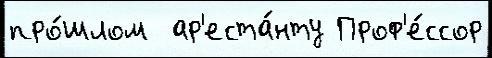
про́шлом  ар'еста́нту Проф'е́ссор